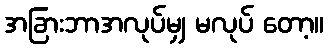
အခြားဘာအလုပ်မျှ မလုပ် တော့။